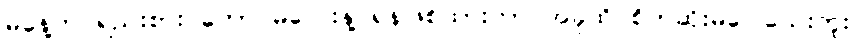
မနေ့က ရည်းစား ကောင်မလေးနဲ့ ရန်ဖြစ်ထားတာ အခုထိ စိတ်ဆိုးမပြေသေးဘူး။